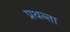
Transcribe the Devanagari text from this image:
प्रथन्ता